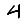
Digit: 4